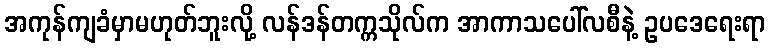
အကုန်ကျခံမှာမဟုတ်ဘူးလို့ လန်ဒန်တက္ကသိုလ်က အာကာသပေါ်လစီနဲ့ ဥပဒေရေးရာ